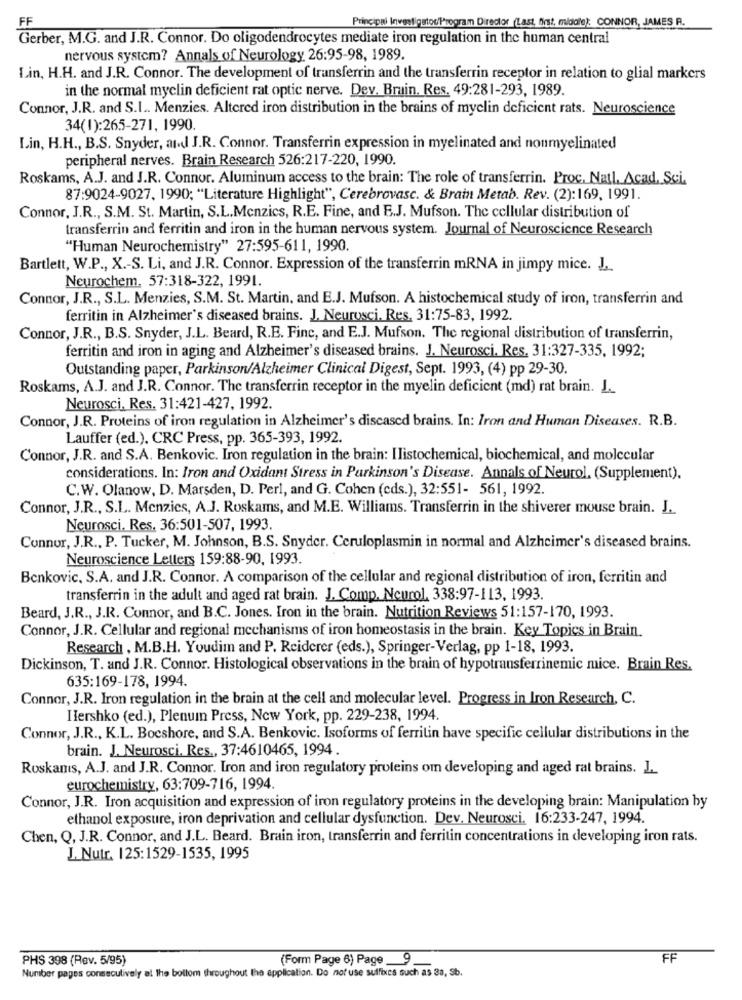
FF
Principal InvestigatorProgram Director (Last, first, midale): CONNOR, JAMES R.
Gerber, M.G. and J.R. Connor. Do oligodendrocytes mediate iron regulation in the human central
nervous system? Annals of Neurology 26:95-98, 1989.
Lin, H.H. and J.R. Connor. The development of transferrin and the transferrin receptor in relation to glial markers
in the normal myelin deficient rat optic nerve. Dev. Bruin. Res. 49:281-293, 1989.
Connor, J.R. and S.L .. Menzies. Altered iron distribution in the brains of myelin deficient rats. Neuroscience
34(1):265-271, 1990.
Lin, H.H ., B.S. Snyder, and J.R. Connor. Transferrin expression in myelinated and nonmyelinated
peripheral nerves. Brain Research 526:217-220, 1990.
Roskams, A.J. and J.R. Connor. Aluminum access to the brain: The role of transferrin. Proc, Natl. Acad. Sci.
87:9024-9027, 1990; "Literature Highlight", Cerebrovasc. & Brain Metab. Rev. (2):169, 1991.
Connor, J.R ., S.M. St. Martin, S.L.Menzics, R.E. Fine, and B.J. Mufson. The cellular distribution of
transferrin and ferritin and iron in the human nervous system. Journal of Neuroscience Research
"Human Neurochemistry" 27:595-611, 1990.
Bartlett, W.P ., X .- S. Li, and J.R. Connor. Expression of the transferrin mRNA in jimpy mice. J.
Neurochem. 57:318-322, 1991.
Connor, J.R ., S.L. Menzies, S.M. St. Martin, and E.J. Mufson. A histochemical study of iron, transferrin and
ferritin in Alzheimer's diseased brains. J. Neurosci, Res, 31:75-83, 1992.
Connor, J.R ., B.S. Snyder, J.L. Beard, R.E. Finc, and E.J. Mufson. The regional distribution of transferrin,
ferritin and iron in aging and Alzheimer's diseased brains. J. Neurosci. Res. 31:327-335, 1992;
Outstanding paper, Parkinson/Alzheimer Clinical Digest, Sept. 1993, (4) pp 29-30.
Roskams, A.J. and J.R. Connor. The transferrin receptor in the myelin deficient (md) rat brain. J.
Neurosci, Res. 31:421-427, 1992.
Connor, J.R. Proteins of iron regulation in Alzheimer's diseased brains. In: Iron and Human Diseases. R.B.
Lauffer (ed.). CRC Press, pp. 365-393, 1992.
Connor, J.R. and S.A. Benkovic. Iron regulation in the brain: Ilistochemical, biochemical, and molecular
considerations. In: Iron and Oxidant Stress in Parkinson's Disease. Annals of Neurol. (Supplement).
C.W. Olanow, D. Marsden, D. Perl, and G. Cohen (cds.), 32:551- 561, 1992.
Connor, J.R ., S.L. Menzies, A.J. Roskams, and M.E. Williams. Transferrin in the shiverer mouse brain. J.
Neurosci. Res. 36:501-507, 1993.
Connur, J.R ., P. Tucker, M. Johnson, B.S. Snyder. Ceruloplasmin in normal and Alzheimer's diseased brains.
Neuroscience Letters 159:88-90, 1993.
Benkovic, S.A. and J.R. Connor. A comparison of the cellular and regional distribution of iron, ferritin and
transferrin in the adult and aged rat brain. J. Comp. Neurol, 338:97-113, 1993.
Beard, J.R ., J.R. Connor, and B.C. Jones. Iron in the brain. Nutrition Reviews 51:157-170, 1993.
Connor, J.R. Cellular and regional mechanisms of iron homeostasis in the brain. Key Topics in Brain.
Research , M.B.H. Youdim and P. Reiderer (eds.), Springer-Verlag, pp 1-18, 1993.
Dickinson, T. and J.R. Connor. Histological observations in the brain of hypotransferrinemic mice. Brain Res.
635:169-178, 1994.
Connor, J.R. Iron regulation in the brain at the cell and molecular level. Progress in Iron Research, C.
Hershko (ed.), Plenum Press, New York, pp. 229-238, 1994.
Connor, J.R ., K.L. Bocshore, and S.A. Benkovic. Isoforms of ferritin have specific cellular distributions in the
brain. J. Neurosci. Res ., 37:4610465, 1994.
Roskams, A.J. and J.R. Connor. Iron and iron regulatory proteins om developing and aged rat brains. J.
eurochemistry, 63:709-716, 1994.
Connor, J.R. Iron acquisition and expression of iron regulatory proteins in the developing brain: Manipulation by
ethanol exposure, iron deprivation and cellular dysfunction. Dev, Neurosci. 16:233-247, 1994.
Chen, Q, J.R. Connor, and J.L. Beard. Brain iron, transferrin and ferritin concentrations in developing iron rats.
J. Nutr. 125:1529-1535, 1995
PHS 398 (Rev. 5/95)
(Form Page 6) Page 9
FF
Number pages consecutively al the bollom throughout the application. Do not use suffixcs such as 3a, Sb.